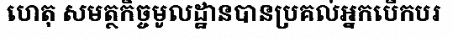
ហេតុ សមត្ថកិច្ចមូលដ្ឋានបានប្រគល់អ្នកបើកបរ